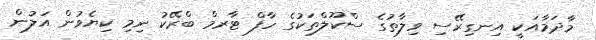
މާދަމާއަކީ އިނގިރޭސި ވިލާތުގެ ސްކޫލްތަކުގެ ހާފް ޓާރމް ބްރޭކު ނިމި ކިޔެވުން އަލުން